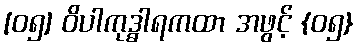
[၀၅] ဝိပါကုဒ္ဓါရကထာ အဖွင့် {၀၅}